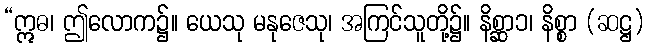
“ဣဓ၊ ဤလောက၌။ ယေသု မနုဇေသု၊ အကြင်သူတို့၌။ နိစ္ဆာ၁၊ နိစ္စာ (ဆဋ္ဌ)